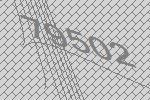
79502